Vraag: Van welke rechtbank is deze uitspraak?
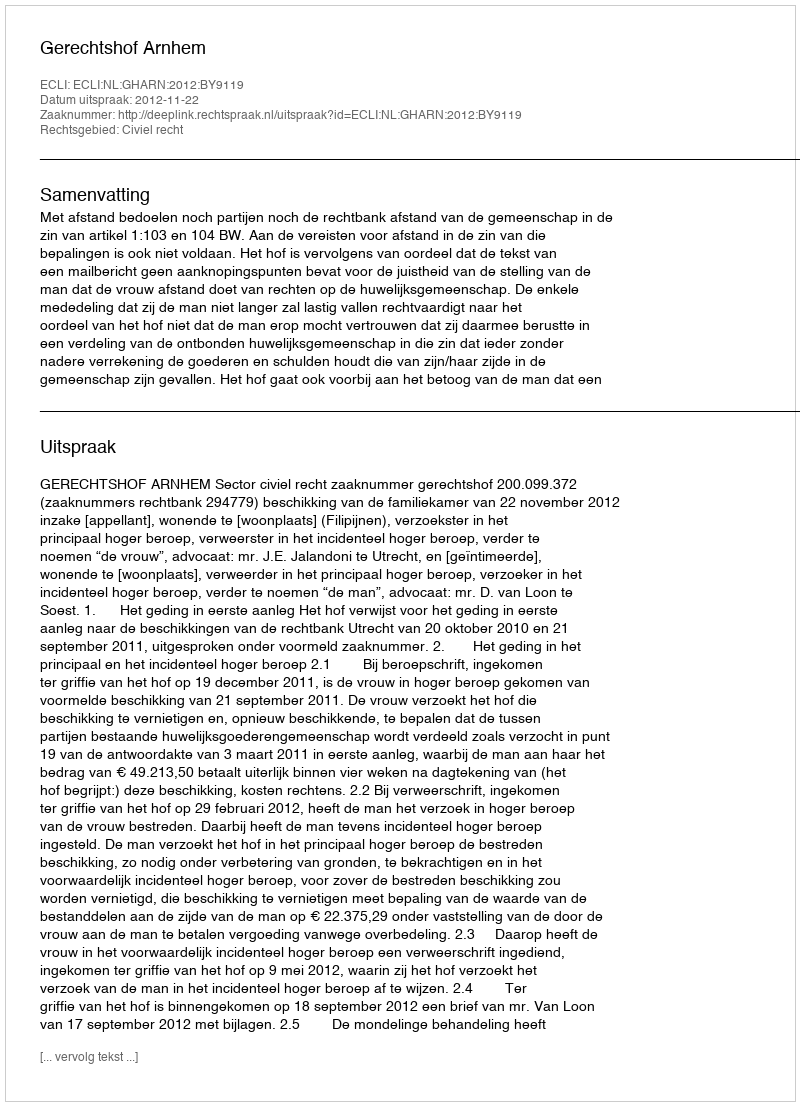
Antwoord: Gerechtshof Arnhem